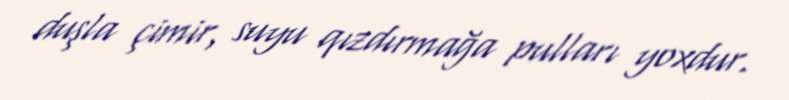
duşla çimir, suyu qızdırmağa pulları yoxdur.